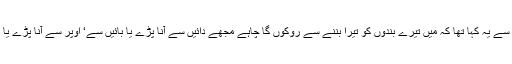
اسی دشمن قوت نے بارگاہِ الہی میں بڑے فخر سے یہ کہا تھا کہ میں تیرے بندوں کو تیرا بننے سے روکوں گا چاہے مجھے دائیں سے آنا پڑے یا بائیں سے‘ اوپر سے آنا پڑے یا نیچے سے‘ آگے سے آنا پڑے یا پیچھے سے۔